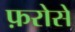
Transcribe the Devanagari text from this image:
फ़रोसे